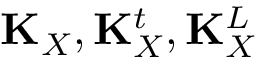
\mathbf { K } _ { X } , \mathbf { K } _ { X } ^ { t } , \mathbf { K } _ { X } ^ { L }